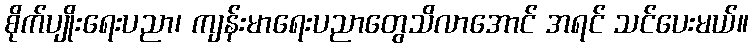
စိုက်ပျိုးရေးပညာ၊ ကျန်းမာရေးပညာတွေသိလာအောင် အရင် သင်ပေးမယ်။